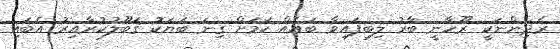
ރެދިންނަކީ ރޫހާނީ ބާރު ލިބިފައިވާ ބައެއް ކަމަށް ގިނަ ބަޔަކު ޤަބޫލުކުރާއިރު އެބައި